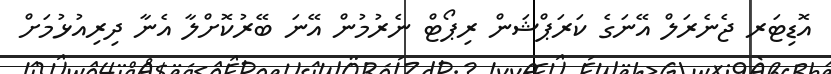
އޮޑިޓަރ ޖެނެރަލް އޭނަގެ ކަރަޕްޝަން ރިޕޯޓް ނެރުމުން އޭނަ ބޭރުކޮށްލާ އެނާ ދިރިއުޅުމަށް